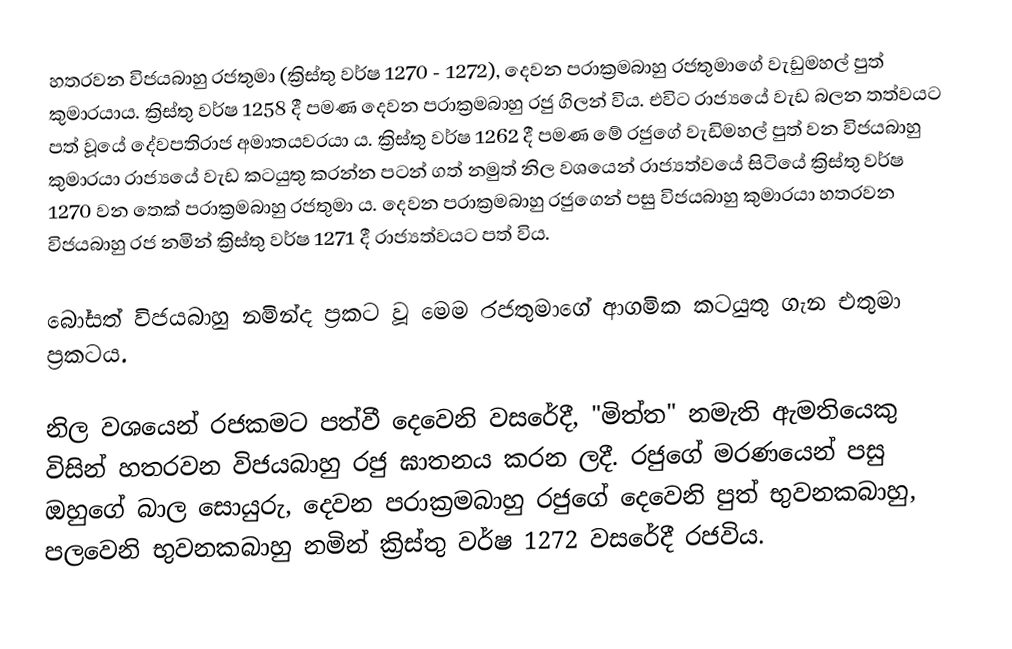
හතරවන විජයබාහු රජතුමා (ක්‍රිස්තු වර්ෂ 1270 - 1272), දෙවන පරාක්‍රමබාහු රජතුමාගේ වැඩුමහල් පුත් කුමාරයාය. ක්‍රිස්තු වර්ෂ 1258 දී පමණ දෙවන පරාක්‍රමබාහු රජු ගිලන් විය. එවිට රාජ්‍යයේ වැඩ බලන තත්වයට පත් වූයේ දේවපතිරාජ අමාතයවරයා ය. ක්‍රිස්තු වර්ෂ 1262 දී පමණ මේ රජුගේ වැඩිමහල් පුත් වන විජයබාහු කුමාරයා රාජ්‍යයේ වැඩ කටයුතු කරන්න පටන් ගත් නමුත් නිල වශයෙන් රාජ්‍යත්වයේ සිටියේ ක්‍රිස්තු වර්ෂ 1270 වන තෙක් පරාක්‍රමබාහු රජතුමා ය. දෙවන පරාක්‍රමබාහු රජුගෙන් පසු විජයබාහු කුමාරයා හතරවන විජයබාහු රජ නමින් ක්‍රිස්තු වර්ෂ 1271 දී රාජ්‍යත්වයට පත් විය.

බෝසත් විජයබාහු නමින්ද ප්‍රකට වූ මෙම රජතුමාගේ ආගමික කටයුතු ගැන එතුමා ප්‍රකටය.

නිල වශයෙන් රජකමට පත්වී දෙවෙනි වසරේදී, "මිත්ත" නමැති ඇමතියෙකු විසින් හතරවන විජයබාහු රජු ඝාතනය කරන ලදී. රජුගේ මරණයෙන් පසු ඔහුගේ බාල සොයුරු, දෙවන පරාක්‍රමබාහු රජුගේ දෙවෙනි පුත් භුවනකබාහු, පලවෙනි භුවනකබාහු නමින් ක්‍රිස්තු වර්ෂ 1272 වසරේදී රජවිය.